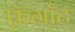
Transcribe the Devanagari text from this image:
फ़ॅगॉट